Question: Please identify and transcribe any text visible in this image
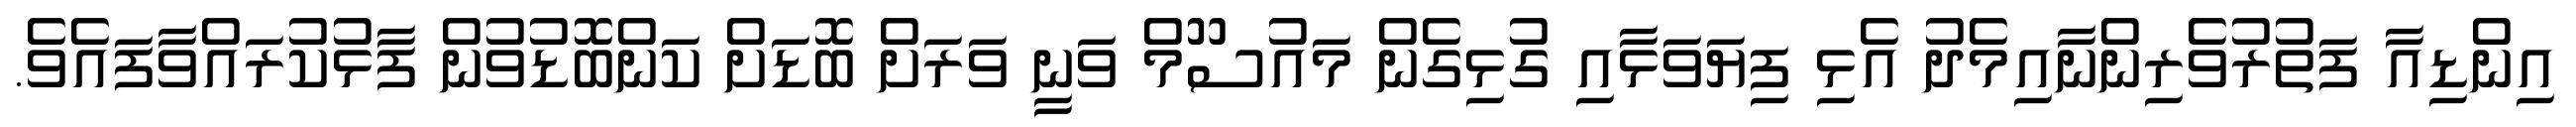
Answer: އިންޑިއާ ފަތުރުވެރިންނާއިމެދު އެޅި ފިޔަވަޅާއި ގުޅިގެން މައުސޫމް ވަނީ ވަރަށް ބޮޑަށް ކަންބޮޑުވުން ފާޅުކުރައްވާފައެވެ.